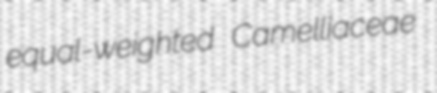
equal-weighted Camelliaceae